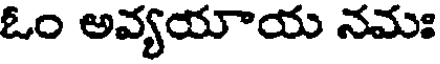
ఓం అవ్యయాయ నమః